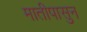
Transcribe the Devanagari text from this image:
मातीपासुन